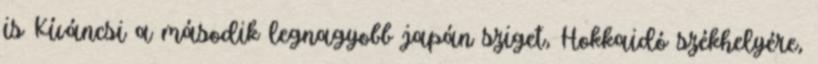
is Kíváncsi a második legnagyobb japán sziget, Hokkaidó székhelyére,